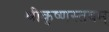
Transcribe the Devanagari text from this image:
श्रीकृष्णस्तवम्